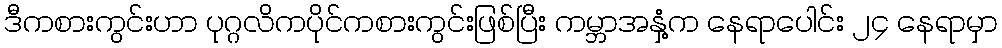
ဒီကစားကွင်းဟာ ပုဂ္ဂလိကပိုင်ကစားကွင်းဖြစ်ပြီး ကမ္ဘာအနှံ့က နေရာပေါင်း ၂၄ နေရာမှာ